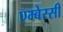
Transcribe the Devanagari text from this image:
एम्बेस्सी